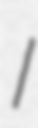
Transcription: I